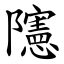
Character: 䧮